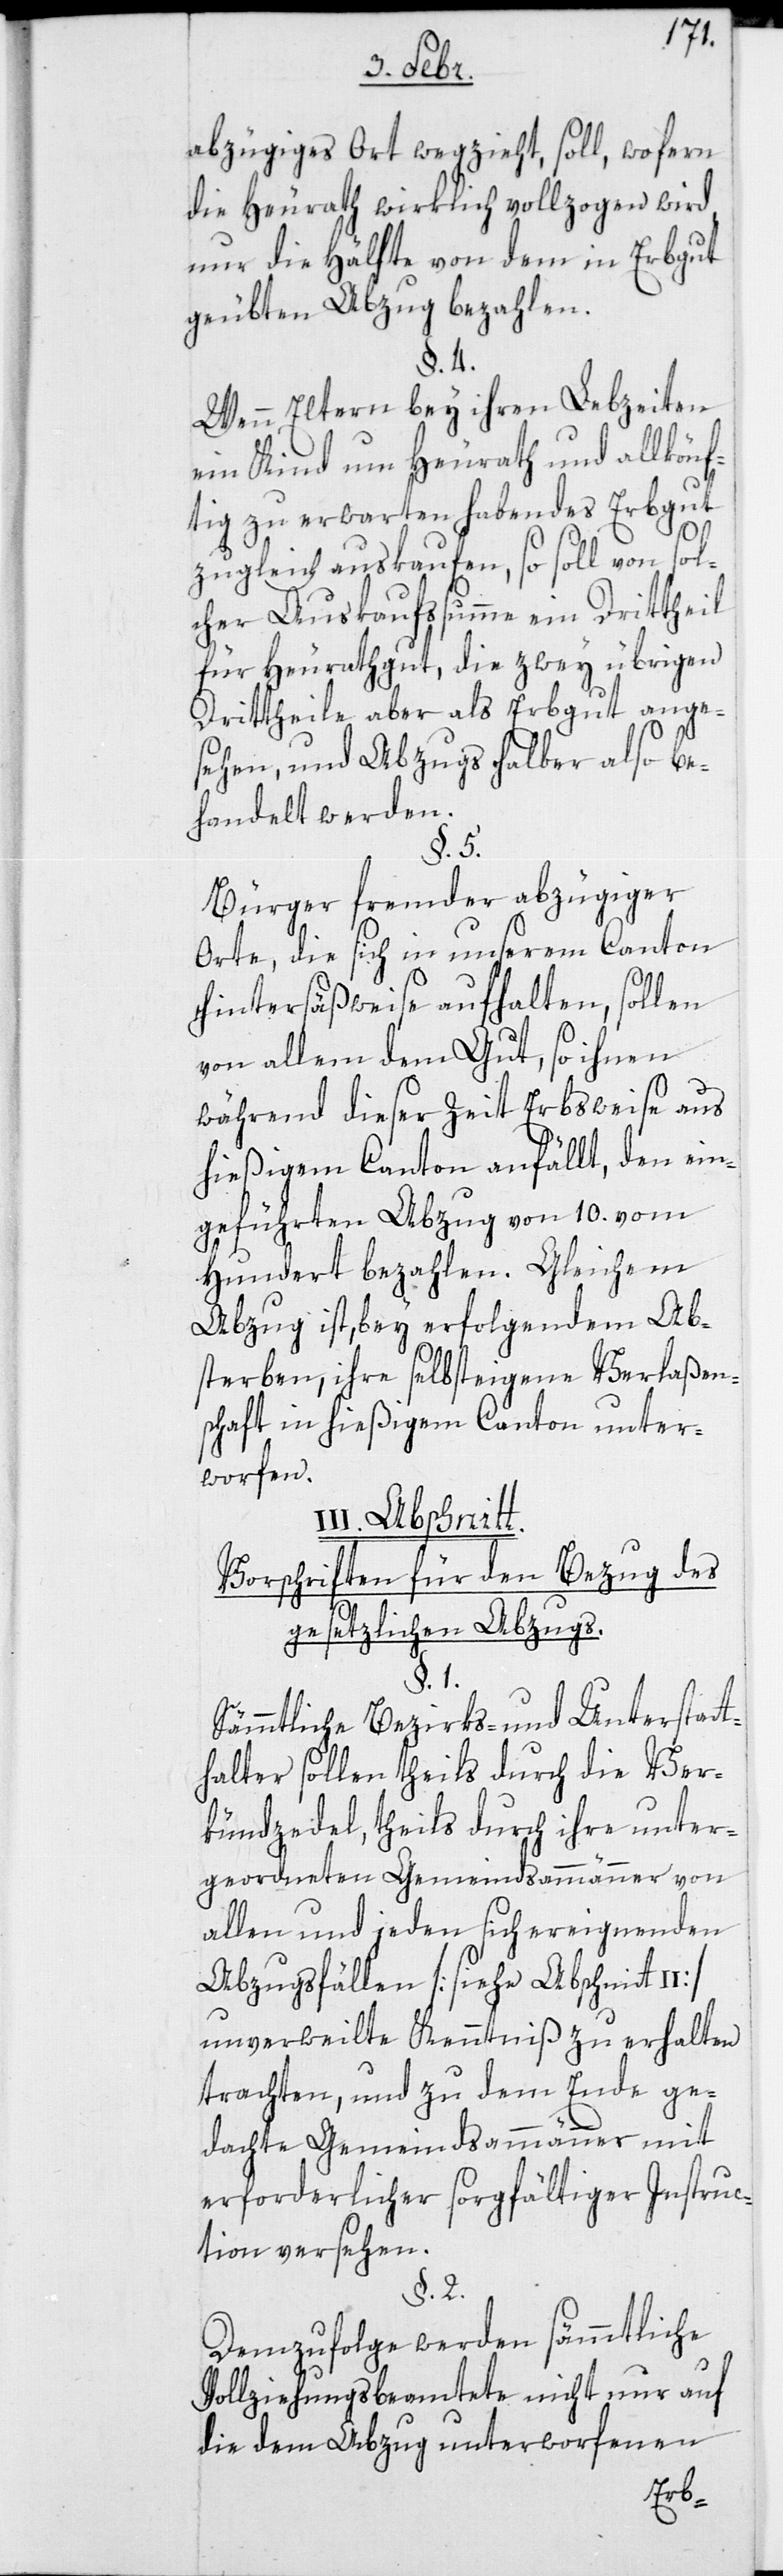
abzügiges Ort wegzieht, soll, wofern
die Heurath wirklich vollzogen wird,
nur die Hälfte von dem in Erbgut
geubten Abzug bezahlen.
§. 4.
Wenn Eltern bey ihren Lebzeiten
ein Kind um Heurath und allkönf¬
tig zu erwarten habendes Erbgut
zugleich auskaufen, so soll von sol¬
cher Auskaufssumme ein Dritttheil
für Heurathgut, die zwey übrigen
Dritttheile aber als Erbgut ange¬
sehen, und abzugshalber also be¬
handelt werden.
§. 5.
Bürger fremder abzügiger
Orte, die sich in unserem Canton
hintersäßweise aufhalten, sollen
von allem dem Gut, so ihnen
während dieser Zeit Erbsweise aus
hießigem Canton anfällt, den ein¬
geführten Abzug von 10. vom
Hundert bezahlen. Gleichem
Abzug ist, bey erfolgendem Ab¬
sterben, ihre selbst eigene Verlaßen¬
schaft in hießigem Canton unter¬
worfen.
Abschnitt
Vorschriften für den Bezug des
gesetzlichen Abzugs.
§. 1.
Sämmtliche Bezirks- und Unterstatt¬
halter sollen theils durch die Ver¬
kündzettel, theils durch ihre unter¬
geordneten Gemeindsammänner von
allen und jeden sich ereignenden
Abzugsfällen [siehe Abschnitt
unverweilte Kenntniß zu erhalten
trachten, und zu dem Ende ge¬
dachte Gemeindsammänner mit
erforderlicher sorgfältiger Instruc¬
tion versehen.
§. 2.
Demzufolge werden sämmtliche
Vollziehungsbeamtete nicht nur auf
die dem Abzug unterworfenen